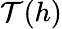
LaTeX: \mathcal{T}(h)